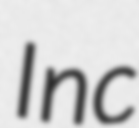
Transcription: Inc